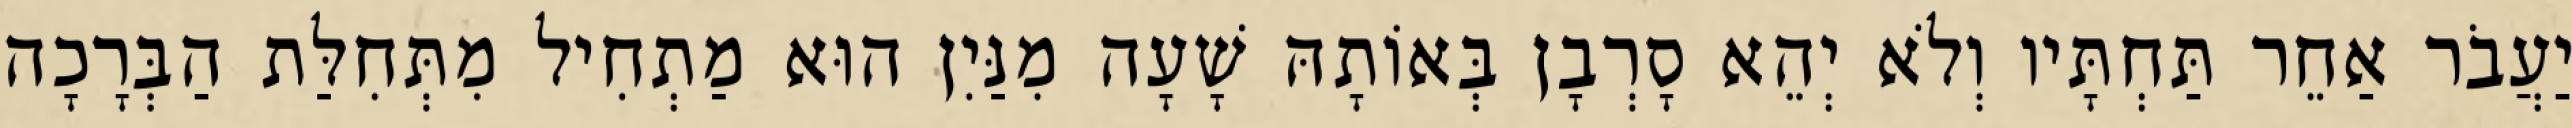
יַעֲבֹר אַחֵר תַּחְתָּיו וְלֹא יְהֵא סָרְבָן בְּאוֹתָהּ שָׁעָה מִנַּיִן הוּא מַתְחִיל מִתְּחִלַּת הַבְּרָכָה